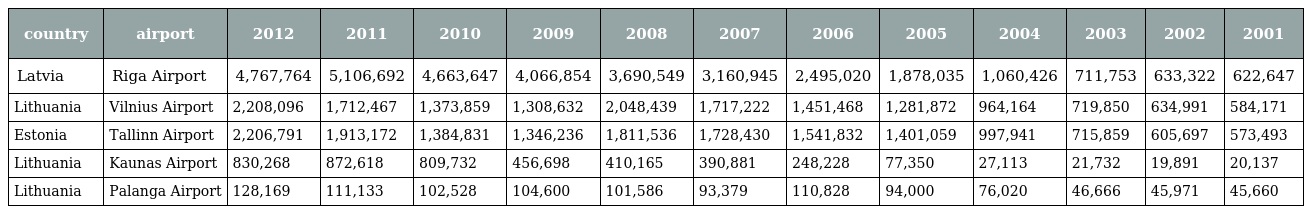
| country | airport | 2012 | 2011 | 2010 | 2009 | 2008 | 2007 | 2006 | 2005 | 2004 | 2003 | 2002 | 2001 |
 | --- | --- | --- | --- | --- | --- | --- | --- | --- | --- | --- | --- | --- | --- |
 | Latvia | Riga Airport | 4,767,764 | 5,106,692 | 4,663,647 | 4,066,854 | 3,690,549 | 3,160,945 | 2,495,020 | 1,878,035 | 1,060,426 | 711,753 | 633,322 | 622,647 |
 | Lithuania | Vilnius Airport | 2,208,096 | 1,712,467 | 1,373,859 | 1,308,632 | 2,048,439 | 1,717,222 | 1,451,468 | 1,281,872 | 964,164 | 719,850 | 634,991 | 584,171 |
 | Estonia | Tallinn Airport | 2,206,791 | 1,913,172 | 1,384,831 | 1,346,236 | 1,811,536 | 1,728,430 | 1,541,832 | 1,401,059 | 997,941 | 715,859 | 605,697 | 573,493 |
 | Lithuania | Kaunas Airport | 830,268 | 872,618 | 809,732 | 456,698 | 410,165 | 390,881 | 248,228 | 77,350 | 27,113 | 21,732 | 19,891 | 20,137 |
 | Lithuania | Palanga Airport | 128,169 | 111,133 | 102,528 | 104,600 | 101,586 | 93,379 | 110,828 | 94,000 | 76,020 | 46,666 | 45,971 | 45,660 |